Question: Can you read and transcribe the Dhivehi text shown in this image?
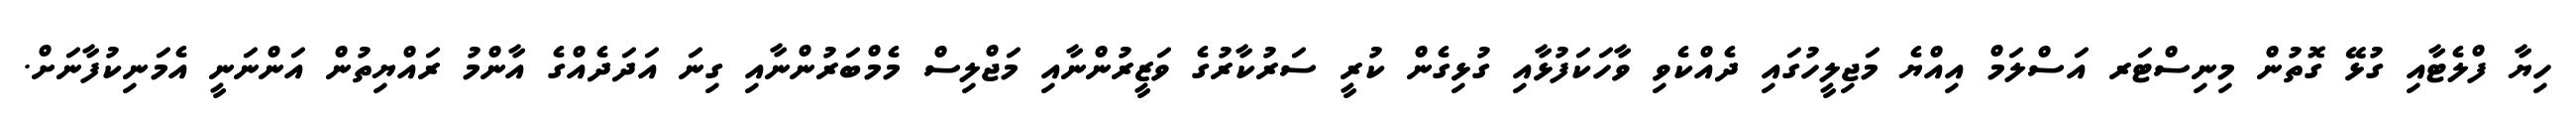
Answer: ހިޔާ ފްލެޓާއި ގުޅޭ ގޮތުން މިނިސްޓަރ އަސްލަމް އިއްޔެ މަޖިލީހުގައި ދެއްކެވި ވާހަކަފުޅާއި ގުޅިގެން ކުރީ ސަރުކާރުގެ ވަޒީރުންނާއި މަޖްލިސް މެމްބަރުންނާއި ގިނަ އަދަދެއްގެ އާންމު ރައްޔިތުން އަންނަނީ އެމަނިކުފާނަށް.